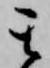
其